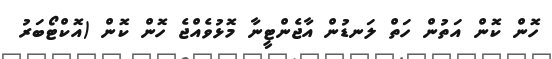
ހޮން ކޮން އަތުން ހަތް ލަނޑުން އާޖެންޓީނާ މޮޅުވެއްޖެ ހޮން ކޮން (އޮކްޓޯބަރު